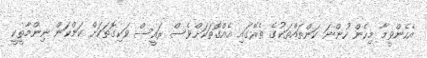
އެހެންވީމާ މިހެން ހުންނަ ކަންތައްތަކުގެ ތެރޭގައި އެއްގޮތަކަށްވެސް ރައީސް ވަކިގޮތަކަށް ކަންކަން ނިންމާތީކީ